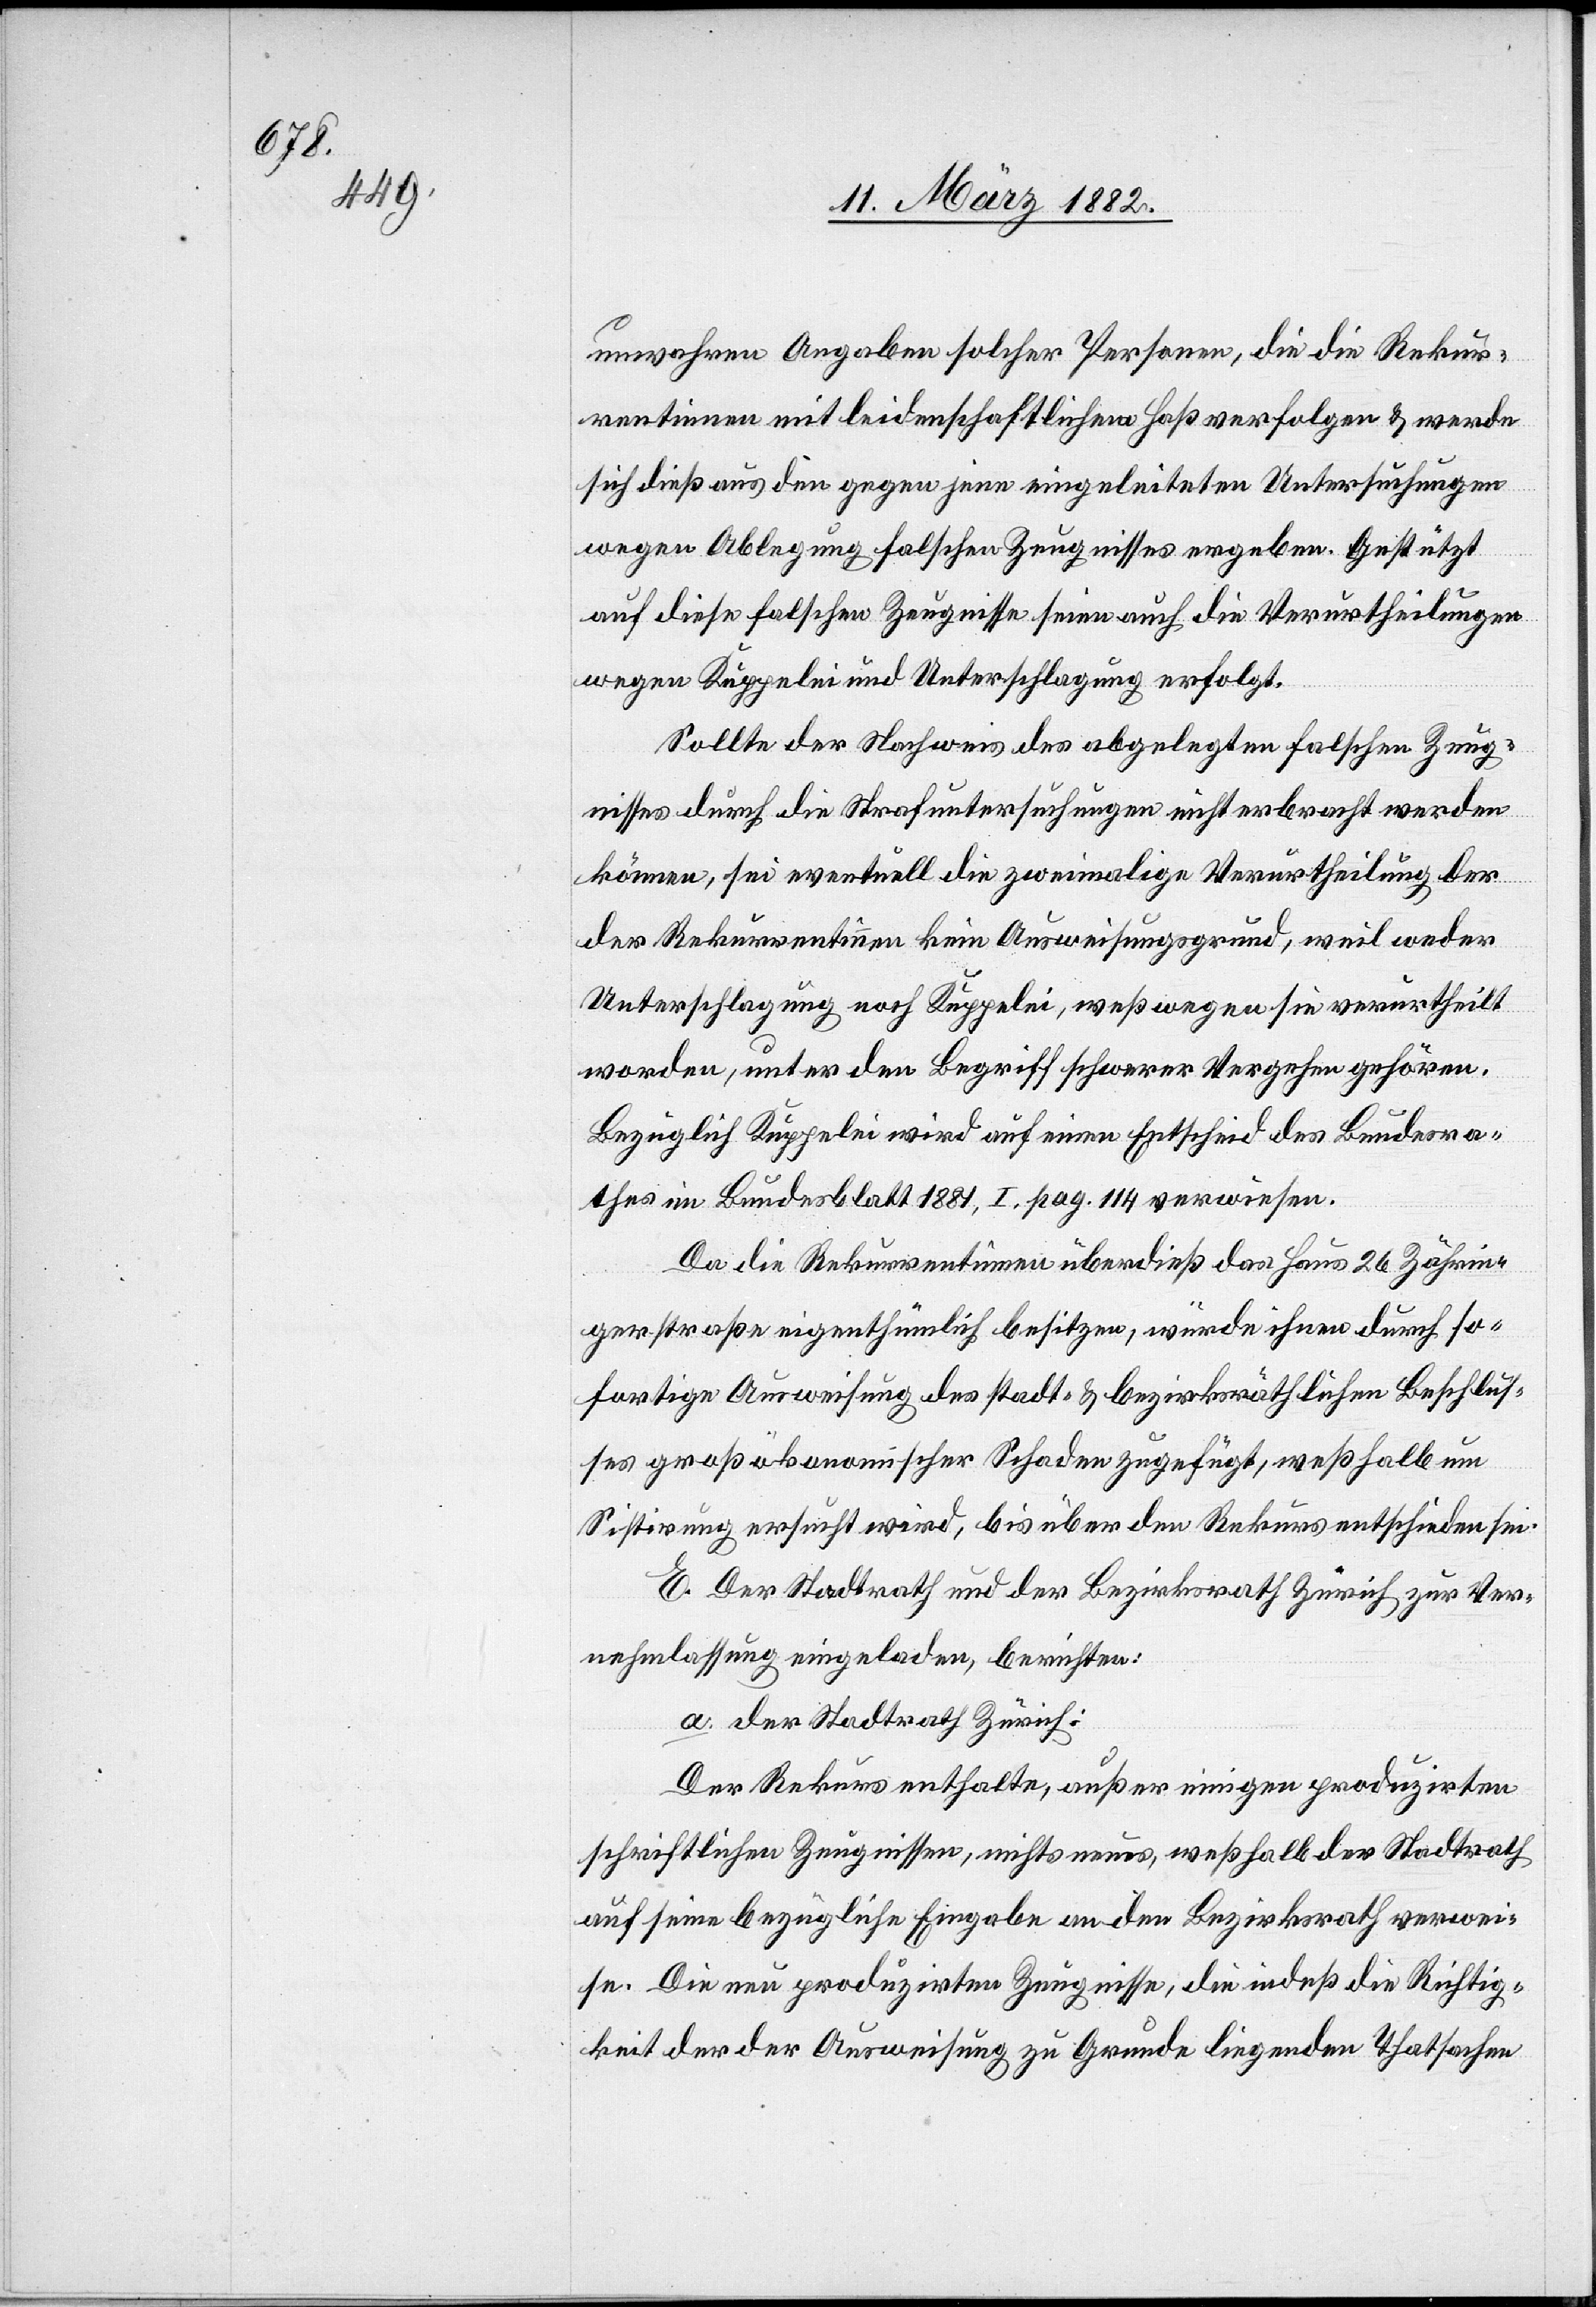
unwahren Angaben solcher Personen, die die Rekur¬
rentinnen mit leidenschaftlichen Haß verfolgen & werde
sich dieß aus den gegen jene eingeleiteten Untersuchungen
wegen Ablegung falschen Zeugnisses ergeben. Gestützt
auf diese falschen Zeugnisse seien auch die Verurtheilungen
wegen Kuppelei und Unterschlagung erfolgt.
Sollte der Nachweis des abgelegten falschen Zeug¬
nisses durch die Strafuntersuchungen nicht erbracht werden
können, sei eventuell die zweimalige Verurtheilung der
Rekurrentinnen kein Ausweisgrund, weil weder
Unterschlagung noch Kuppelei, weßwegen sie verurtheilt
worden, unter den Begriff schwerer Vergehen gehören.
Bezüglich Kuppelei wird auf einen Entscheid des Bundesra¬
thes im Bundesblatt 1881, I. pag. 114 verwiesen.
Da die Rekurrentinnen überdieß das Haus 26 Zährin¬
gerstraße eigenthümlich besitzen, würde ihnen durch so¬
fortige Ausweisung des stadt- & bezirksräthlichen Beschlus¬
ses großökonomischer Schaden zugefügt, weßhalb um
Sistirung ersucht wird, bis über den Rekurs entschieden sei.
E. Der Stadtrath und der Bezirksrath Zürich zur Ver¬
nehmlassung eingeladen, berichten:
a. der Stadtrath Zürich.
Der Rekurs enthalte, außer einigen produzirten
schriftlichen Zeugnissen, nichts neues, weßhalb der Stadtrath
seine bezügliche Eingabe an den Bezirksrath verwei¬
se. Die neu produzirten Zeugnisse, die indeß die Richtig¬
keit der der Ausweisung zu Grunde liegenden Thatsachen